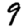
Digit: 9